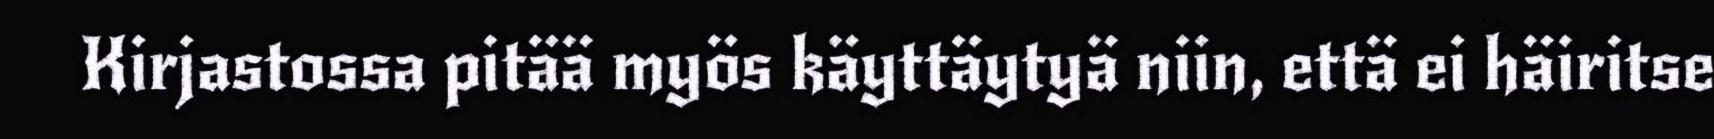
Kirjastossa pitää myös käyttäytyä niin, että ei häiritse